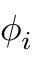
\ \phi _ { i }